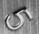
5